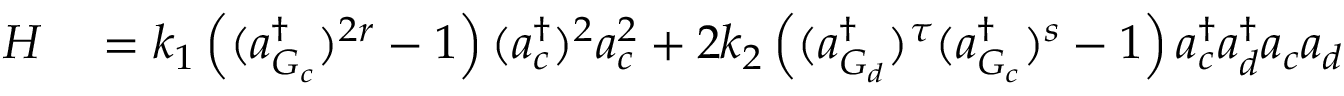
\begin{array} { r l } { H } & { { } = k _ { 1 } \left( ( a _ { G _ { c } } ^ { \dagger } ) ^ { 2 r } - 1 \right) ( a _ { c } ^ { \dagger } ) ^ { 2 } a _ { c } ^ { 2 } + 2 k _ { 2 } \left( ( a _ { G _ { d } } ^ { \dagger } ) ^ { \tau } ( a _ { G _ { c } } ^ { \dagger } ) ^ { s } - 1 \right) a _ { c } ^ { \dagger } a _ { d } ^ { \dagger } a _ { c } a _ { d } } \end{array}